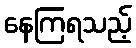
နေကြရသည့်